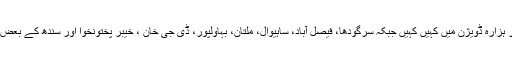
محکمہ موسمیات نے کشمیر، اسلام آباد، بالائی پنجاب ، مالاکنڈ اور ہزارہ ڈویژن میں کہیں کہیں جبکہ سرگودھا، فیصل آباد، ساہیوال، ملتان، بہاولپور، ڈی جی خان ، خیبر پختونخوا اور سندھ کے بعض علاقوں میں گرج چمک کے ساتھ مزید بارش کی نوید سنا دی ہے۔